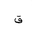
Letter: _qaf